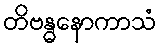
တိဗန္ဓနောကာသံ